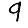
Digit: 9